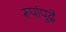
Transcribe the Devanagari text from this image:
रूपांपुढे